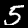
Digit: 5